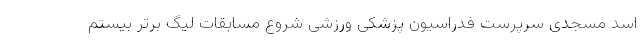
اسد مسجدی سرپرست فدراسیون پزشکی ورزشی شروع مسابقات لیگ برتر بیستم